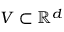
V \subset \mathbb { R } ^ { d }